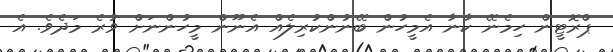
ޕްރޮޓީން ހިމެނޭ ކާނާ އެމީހުން ބޭނުންކުރިލެއް އެނޫން މީހުންނަށް ވުރެ މަދެވެ. އެ